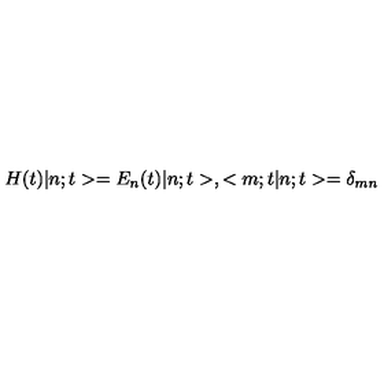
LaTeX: H ( t ) | n ; t > = E _ { n } ( t ) | n ; t > , < m ; t | n ; t > = \delta _ { m n }